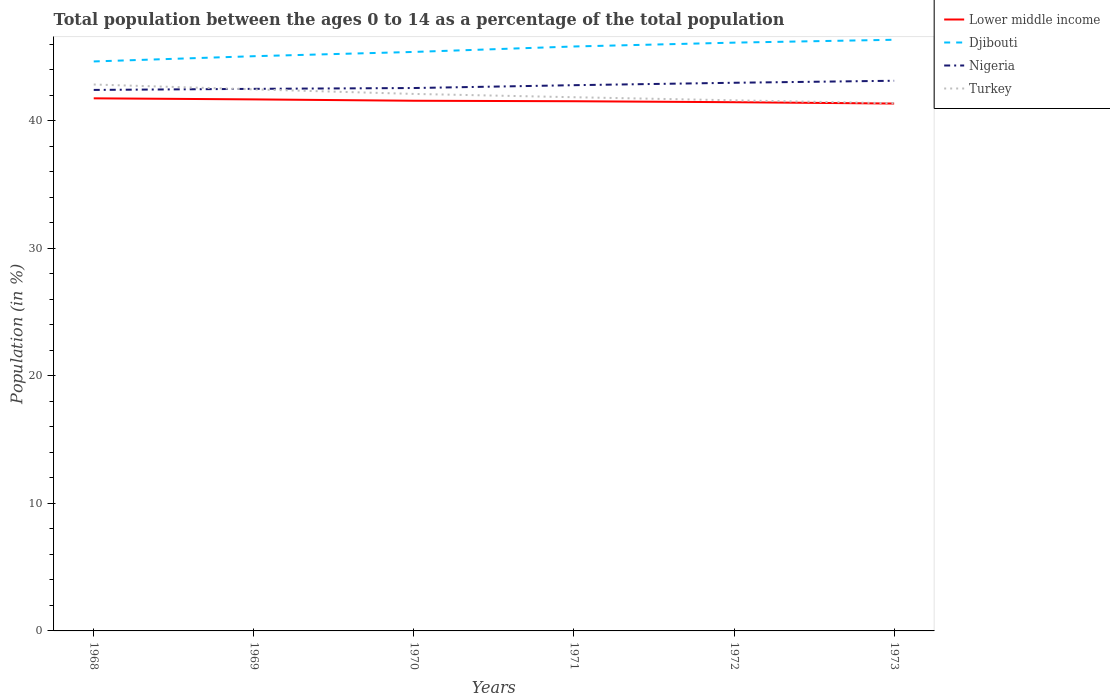
| Years | Lower middle income | Djibouti | Nigeria | Turkey |
 | --- | --- | --- | --- | --- |
 | 1968 | 41.8 | 44.7 | 42.4 | 42.8 |
 | 1969 | 41.7 | 45.1 | 42.5 | 42.5 |
 | 1970 | 41.6 | 45.4 | 42.6 | 42.1 |
 | 1971 | 41.5 | 45.8 | 42.8 | 41.9 |
 | 1972 | 41.5 | 46.1 | 43 | 41.6 |
 | 1973 | 41.4 | 46.4 | 43.1 | 41.4 |